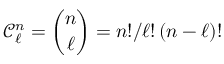
\mathcal { C } _ { \ell } ^ { n } = \binom { n } { \ell } = n ! / \ell ! \left( n - \ell \right) !